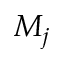
M _ { j }